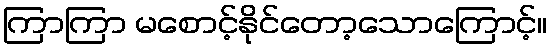
ကြာကြာ မစောင့်နိုင်တော့သောကြောင့်။